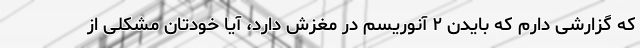
که گزارشی دارم که بایدن ۲ آنوریسم در مغزش دارد، آیا خودتان مشکلی از